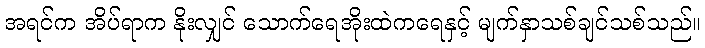
အရင်က အိပ်ရာက နိုးလျှင် သောက်ရေအိုးထဲကရေနှင့် မျက်နှာသစ်ချင်သစ်သည်။